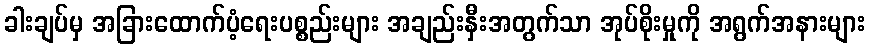
ခါးချပ်မှ အခြားထောက်ပံ့ရေးပစ္စည်းများ အချည်းနှီးအတွက်သာ အုပ်စိုးမှုကို အရွက်အနားများ